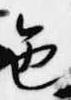
色